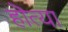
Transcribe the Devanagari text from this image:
हॊत्या